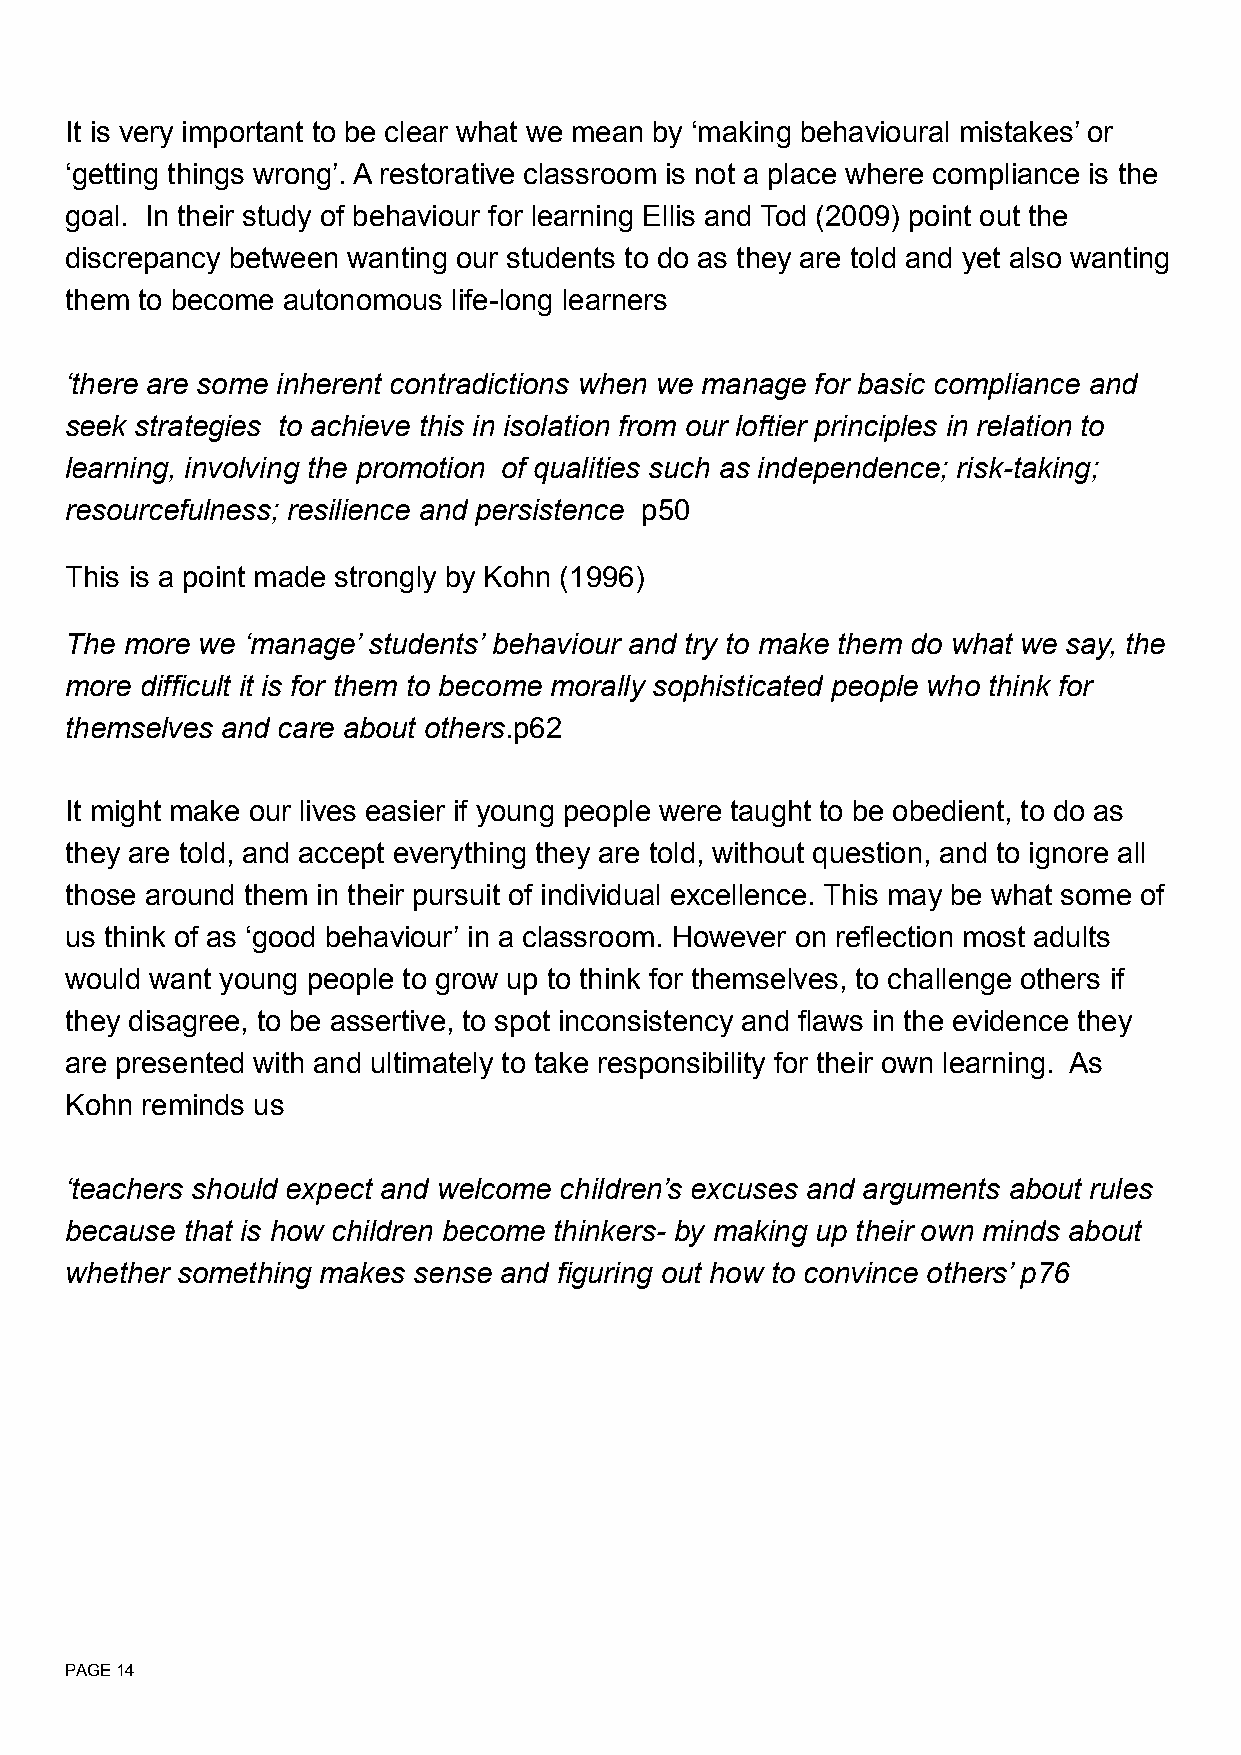
It is very important to be clear what we mean by ‘making behavioural mistakes’ or
 ‘getting things wrong’. A restorative classroom is not a place where compliance is the
 goal. In their study of behaviour for learning Ellis and Tod (2009) point out the
 discrepancy between wanting our students to do as they are told and yet also wanting
 them to become autonomous life-long learners
 ‘there are some inherent contradictions when we manage for basic compliance and
 seek strategies to achieve this in isolation from our loftier principles in relation to
 learning, involving the promotion of qualities such as independence; risk-taking;
 resourcefulness; resilience and persistence p50
 This is a point made strongly by Kohn (1996)
 The more we ‘manage’ students’ behaviour and try to make them do what we say, the
 more difficult it is for them to become morally sophisticated people who think for
 themselves and care about others.p62
 It might make our lives easier if young people were taught to be obedient, to do as
 they are told, and accept everything they are told, without question, and to ignore all
 those around them in their pursuit of individual excellence. This may be what some of
 us think of as ‘good behaviour’ in a classroom. However on reflection most adults
 would want young people to grow up to think for themselves, to challenge others if
 they disagree, to be assertive, to spot inconsistency and flaws in the evidence they
 are presented with and ultimately to take responsibility for their own learning. As
 Kohn reminds us
 ‘teachers should expect and welcome children’s excuses and arguments about rules
 because that is how children become thinkers- by making up their own minds about
 whether something makes sense and figuring out how to convince others’ p76
 PAGE 14